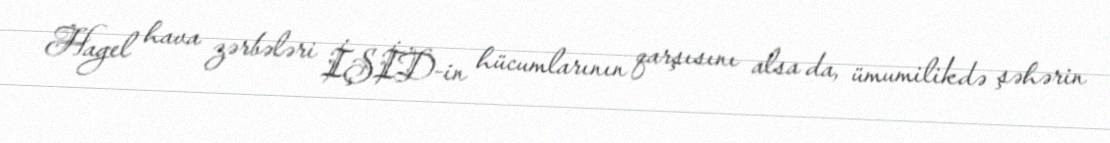
Hagel hava zərbələri İŞİD-in hücumlarının qarşısını alsa da, ümumilikdə şəhərin